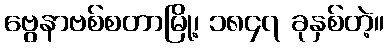
ဗွေနာဗစ်စတာမြို့၊ ၁၈၄၇ ခုနှစ်တဲ့။